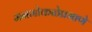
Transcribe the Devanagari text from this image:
मनमोकळेप्रमाणे